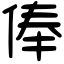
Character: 俸